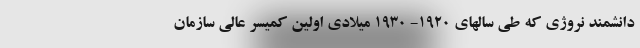
دانشمند نروژی که طی سالهای ۱۹۲۰- ۱۹۳۰ میلادی اولین کمیسر عالی سازمان